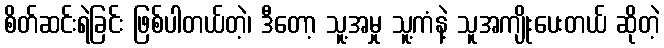
စိတ်ဆင်းရဲခြင်း ဖြစ်ပါတယ်တဲ့၊ ဒီတော့ သူ့အမှု သူ့ကံနဲ့ သူအကျိုးပေးတယ် ဆိုတဲ့